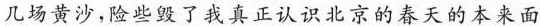
几场黄沙，险些毁了我真正认识北京春天的本来面